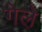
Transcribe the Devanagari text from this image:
गेले़